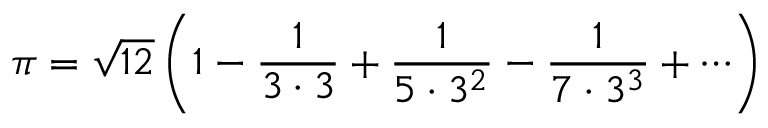
\pi = { \sqrt { 1 2 } } \left( 1 - { \frac { 1 } { 3 \cdot 3 } } + { \frac { 1 } { 5 \cdot 3 ^ { 2 } } } - { \frac { 1 } { 7 \cdot 3 ^ { 3 } } } + \cdots \right)